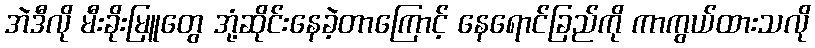
အဲဒီလို မီးခိုးမြူတွေ အုံ့ဆိုင်းနေခဲ့တာကြောင့် နေရောင်ခြည်ကို ကာကွယ်ထားသလို